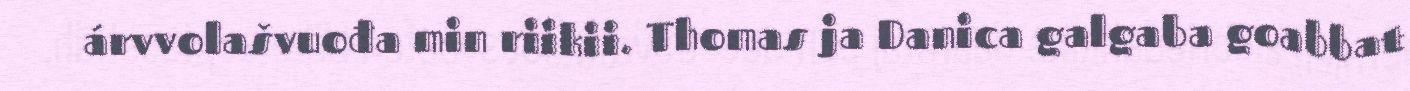
árvvolašvuođa min riikii. Thomas ja Danica galgaba goabbat